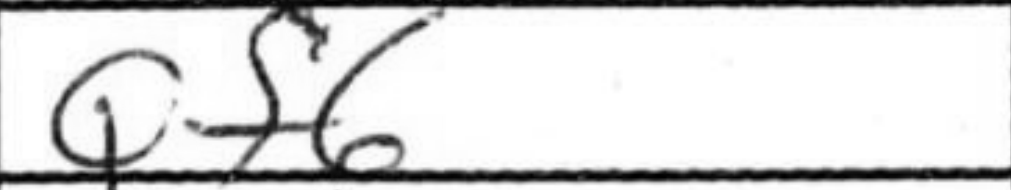
Transcription: Qf6